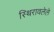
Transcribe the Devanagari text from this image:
स्थिरावलेले